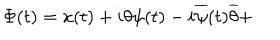
LaTeX: \Phi ( t ) = x ( t ) + i \theta \psi ( t ) - i \overline { { { \psi } } } ( t ) \overline { { { \theta } } } +